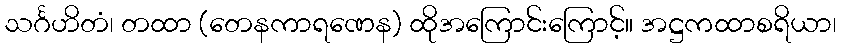
သင်္ဂဟိတံ၊ တထာ (တေနကာရဏေန) ထိုအကြောင်းကြောင့်။ အဋ္ဌကထာစရိယာ၊